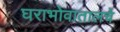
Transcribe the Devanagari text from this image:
घराभोवातालचे